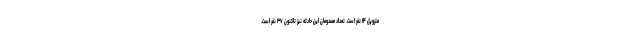
متروپل ۱۴ نفر است. تعداد مصدومان این حادثه نیز تاکنون ۳۷ نفر است.